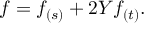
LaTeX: f = f _ { ( s ) } + 2 Y f _ { ( t ) } .